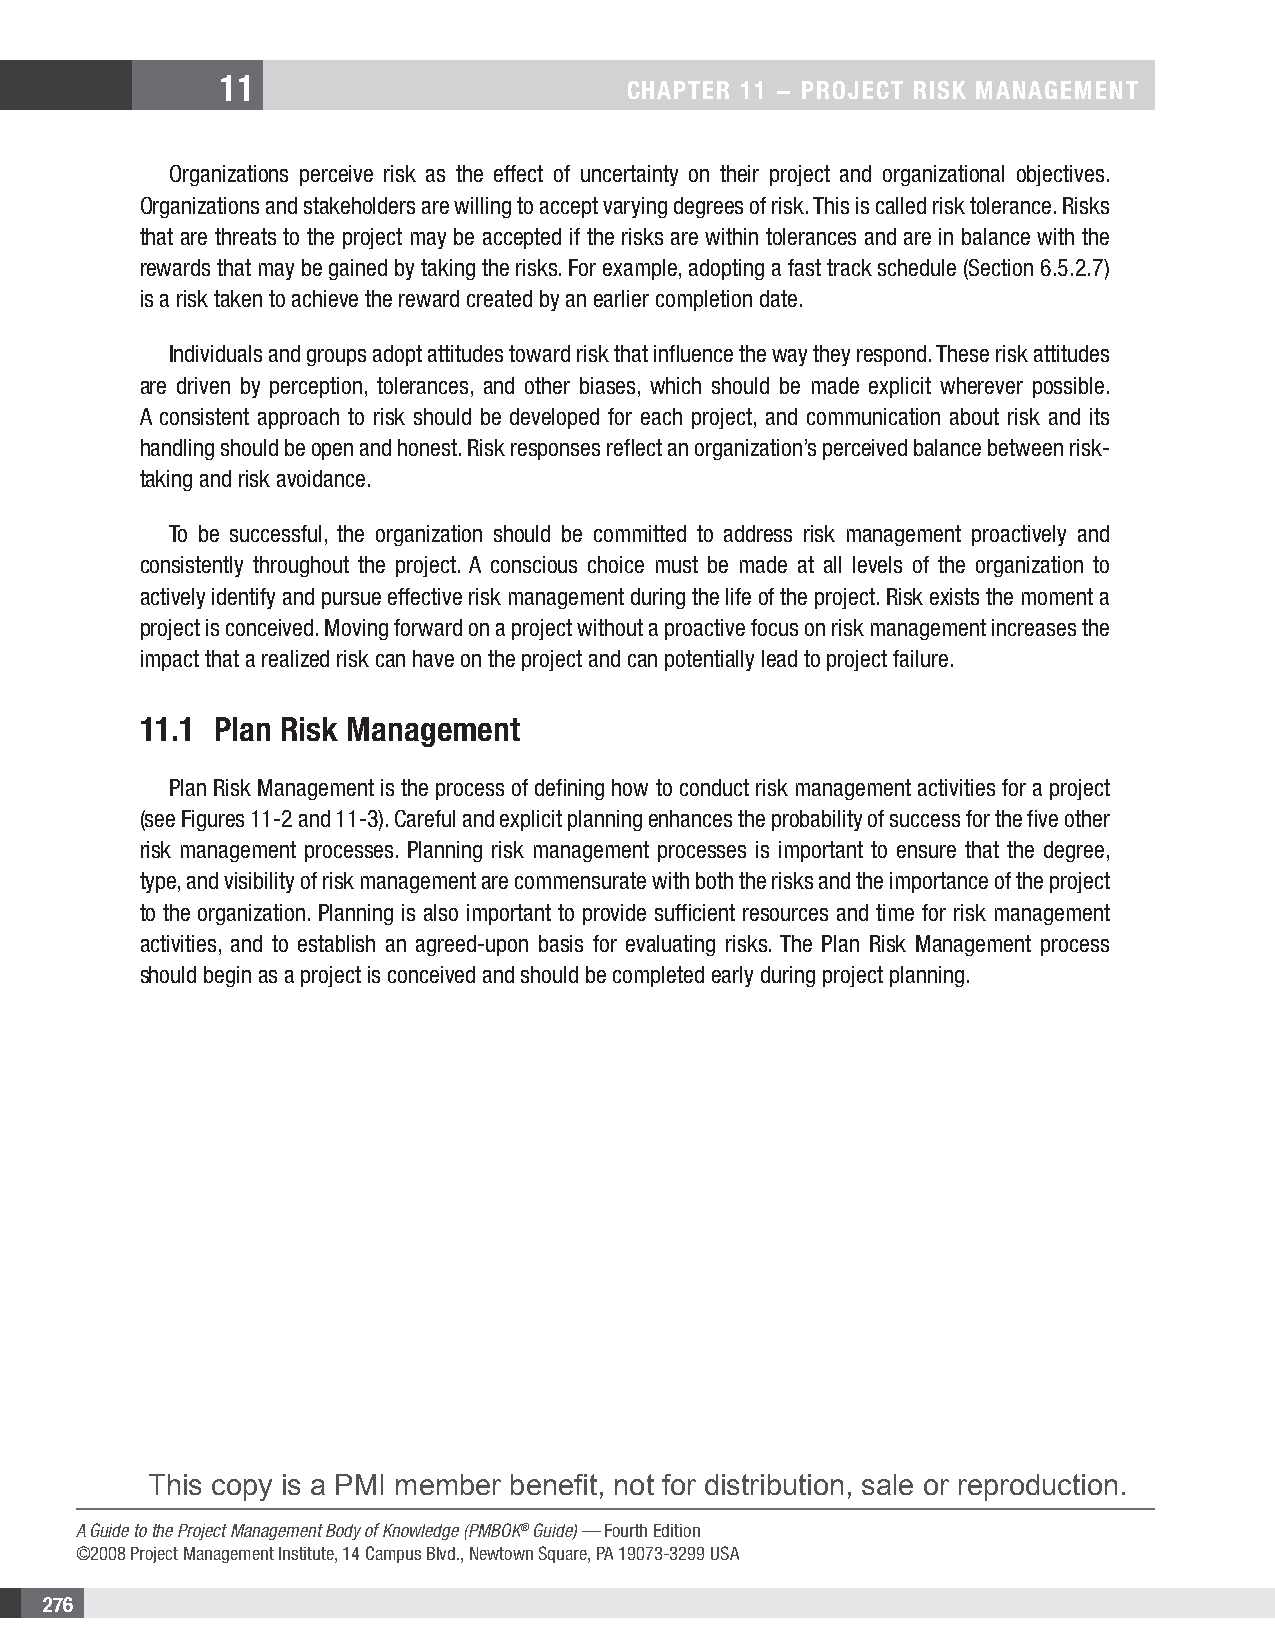
11
 CHAPTER 11 − PROjECT RIsk MAnAgEMEnT
 Organizations perceive risk as the effect of uncertainty on their project and organizational objectives.
 Organizations and stakeholders are willing to accept varying degrees of risk. This is called risk tolerance. Risks
 that are threats to the project may be accepted if the risks are within tolerances and are in balance with the
 rewards that may be gained by taking the risks. For example, adopting a fast track schedule (Section 6.5.2.7)
 is a risk taken to achieve the reward created by an earlier completion date.
 Individuals and groups adopt attitudes toward risk that influence the way they respond. These risk attitudes
 are driven by perception, tolerances, and other biases, which should be made explicit wherever possible.
 A consistent approach to risk should be developed for each project, and communication about risk and its
 handling should be open and honest. Risk responses reflect an organization’s perceived balance between risk-
 taking and risk avoidance.
 To be successful, the organization should be committed to address risk management proactively and
 consistently throughout the project. A conscious choice must be made at all levels of the organization to
 actively identify and pursue effective risk management during the life of the project. Risk exists the moment a
 project is conceived. Moving forward on a project without a proactive focus on risk management increases the
 impact that a realized risk can have on the project and can potentially lead to project failure.
 11.1 Plan Risk Management
 Plan Risk Management is the process of defining how to conduct risk management activities for a project
 (see Figures 11-2 and 11-3). Careful and explicit planning enhances the probability of success for the five other
 risk management processes. Planning risk management processes is important to ensure that the degree,
 type, and visibility of risk management are commensurate with both the risks and the importance of the project
 to the organization. Planning is also important to provide sufficient resources and time for risk management
 activities, and to establish an agreed-upon basis for evaluating risks. The Plan Risk Management process
 should begin as a project is conceived and should be completed early during project planning.
 This copy is a PMI member benefit, not for distribution, sale or reproduction.
 A Guide to the Project Management Body of Knowledge (PMBOK® Guide) — Fourth Edition
 ©2008 Project Management Institute, 14 Campus Blvd., Newtown Square, PA 19073-3299 USA
 276